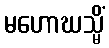
မဟောဃသ္မိံ